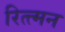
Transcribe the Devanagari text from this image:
रित्त्मन